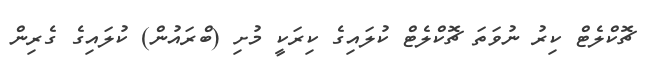
ޗޮކްލެޓް ކިރު ނުވަތަ ޗޮކްލެޓް ކުލައިގެ ކިރަކީ މުށި (ބްރައުން) ކުލައިގެ ގެރިން